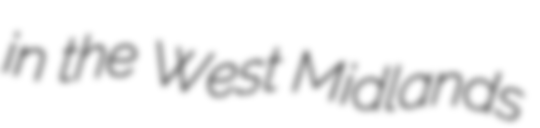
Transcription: in the West Midlands